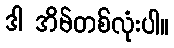
ဒါ အိမ်တစ်လုံးပါ။